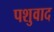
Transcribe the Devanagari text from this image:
पशुवाद